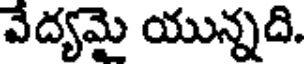
వేద్యమై యున్నది.